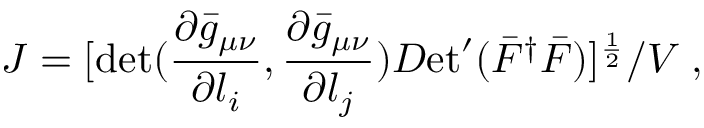
J = [ \operatorname * { d e t } ( { \frac { \partial \bar { g } _ { \mu \nu } } { \partial l _ { i } } } , { \frac { \partial \bar { g } _ { \mu \nu } } { \partial l _ { j } } } ) { \cal D } \mathrm { e t } ^ { \prime } ( \bar { F } ^ { \dagger } \bar { F } ) ] ^ { \frac { 1 } { 2 } } / V \; ,